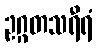
ဥဂ္ဂတသရီရံ